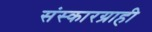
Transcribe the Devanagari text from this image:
संस्कारग्राही